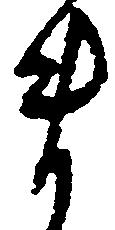
ま